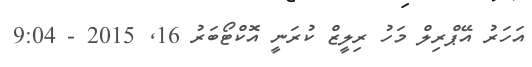
އަހަރު އޭޕްރިލް މަހު ރިލީޒް ކުރަނީ އޮކްޓޯބަރު 16